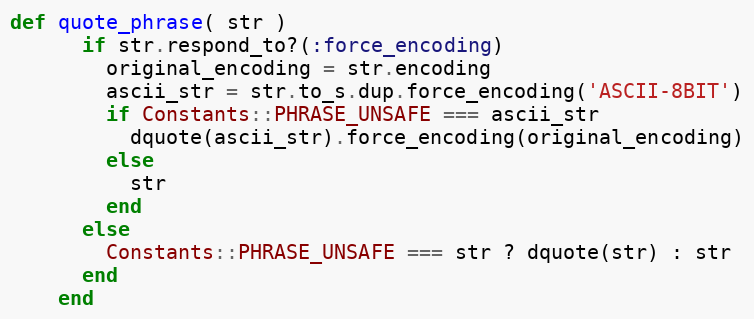
Language: Ruby
def quote_phrase( str )
      if str.respond_to?(:force_encoding)
        original_encoding = str.encoding
        ascii_str = str.to_s.dup.force_encoding('ASCII-8BIT')
        if Constants::PHRASE_UNSAFE === ascii_str
          dquote(ascii_str).force_encoding(original_encoding)
        else
          str
        end
      else
        Constants::PHRASE_UNSAFE === str ? dquote(str) : str
      end
    end